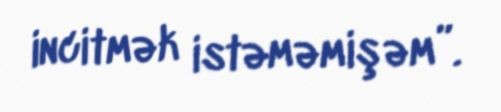
incitmək istəməmişəm”.